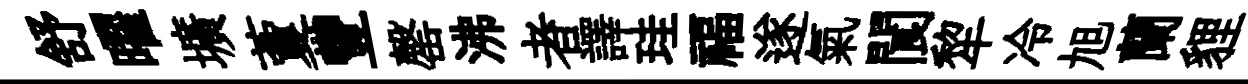
舒曜壙藑豐罄沸者譯珪福遂氣閬犂冷旭蘭貍